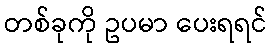
တစ်ခုကို ဥပမာ ပေးရရင်